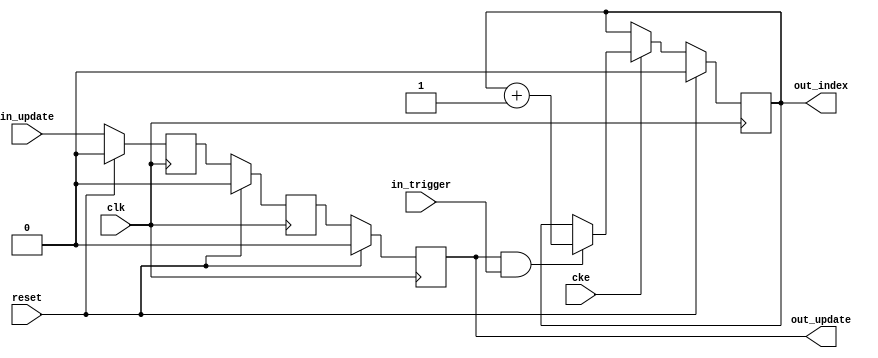
// This program was cloned from: https://github.com/ryuz/jelly
// License: MIT License

// ---------------------------------------------------------------------------
//  Jelly  -- The platform for real-time computing
//
//                                 Copyright (C) 2008-2020 by Ryuz
//                                 https://github.com/ryuz/jelly.git
// ---------------------------------------------------------------------------



`timescale 1ns / 1ps
`default_nettype none


// ()
module jelly_param_update_slave
        #(
            parameter   INDEX_WIDTH = 1
        )
        (
            input   wire                        reset,
            input   wire                        clk,
            input   wire                        cke,
            
            input   wire                        in_trigger,
            input   wire                        in_update,
            
            output  wire                        out_update,
            output  wire    [INDEX_WIDTH-1:0]   out_index
        );
    
    // parameter latch
    (* ASYNC_REG="true" *)  reg         ff0_update, ff1_update;
                            reg         reg_update;
    always @(posedge clk) begin
        if ( reset ) begin
            ff0_update <= 1'b0;
            ff1_update <= 1'b0;
            reg_update <= 1'b0;
        end
        else begin
            ff0_update <= in_update;
            ff1_update <= ff0_update;
            reg_update <= ff1_update;
        end
    end
    
    reg     [INDEX_WIDTH-1:0]   reg_index;
    always @(posedge clk) begin
        if ( reset ) begin
            reg_index  <= {INDEX_WIDTH{1'b0}};
        end
        else if ( cke ) begin
            if ( reg_update & in_trigger ) begin
                reg_index <= reg_index + 1'b1;
            end
        end
    end
    
    assign out_update = reg_update;
    assign out_index  = reg_index;
    
endmodule


`default_nettype wire


// end of file